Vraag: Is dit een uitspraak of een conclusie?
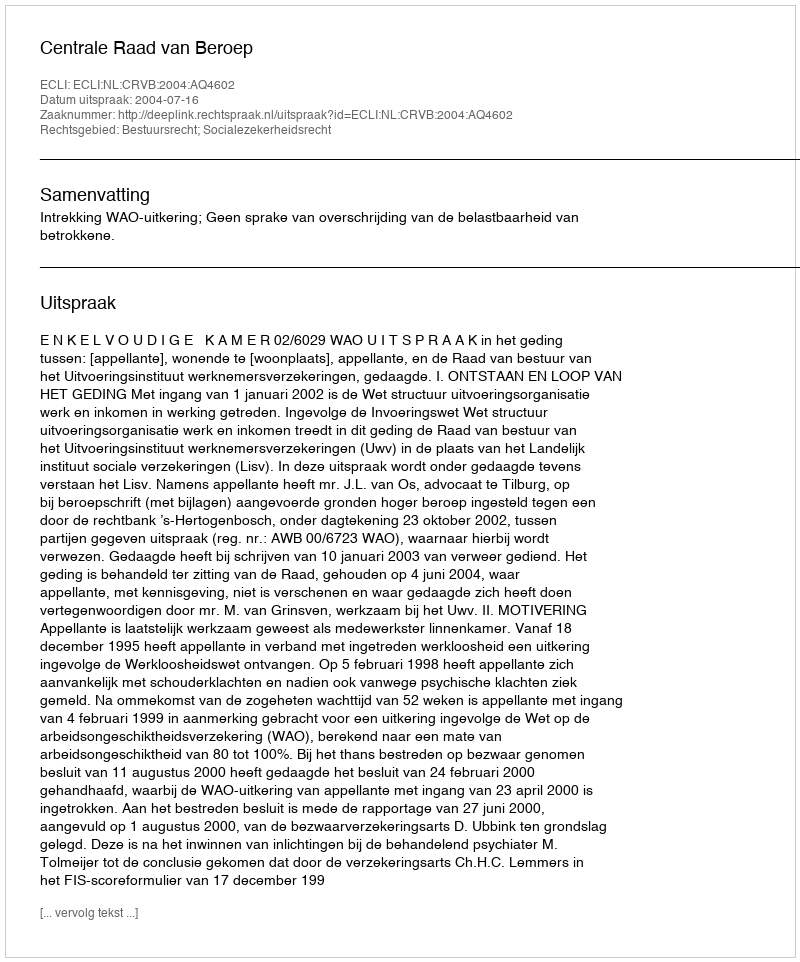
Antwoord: Uitspraak